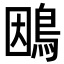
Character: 𮬴